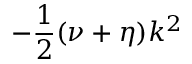
- \frac { 1 } { 2 } ( \nu + \eta ) k ^ { 2 }